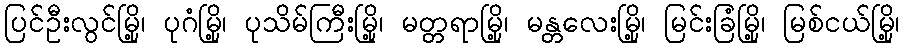
ပြင်ဦးလွင်မြို့၊ ပုဂံမြို့၊ ပုသိမ်ကြီးမြို့၊ မတ္တရာမြို့၊ မန္တလေးမြို့၊ မြင်းခြံမြို့၊ မြစ်ငယ်မြို့၊